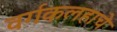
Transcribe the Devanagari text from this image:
वर्गकलहाचे